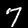
Label: 7